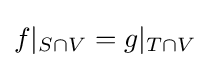
f|_{S\cap V}=g|_{T\cap V}